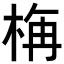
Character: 𣒰